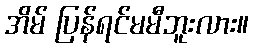
အိမ် ပြန်ရင်မမီဘူးလား။